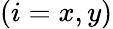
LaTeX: (i=x,y)